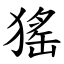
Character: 猺